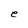
Character: e